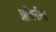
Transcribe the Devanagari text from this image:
अश्विनींना